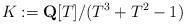
LaTeX: \begin{align*}K:=\mathbf{Q}[T]/(T^{3}+T^{2}-1)\end{align*}